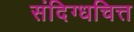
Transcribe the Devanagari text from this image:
संदिग्धचित्त